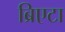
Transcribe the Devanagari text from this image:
ब्रिएटा